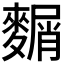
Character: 𪍛